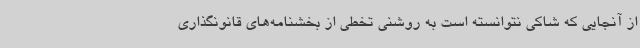
از آنجایی که شاکی نتوانسته است به روشنی تخطی از بخشنامه‌های قانونگذاری